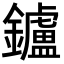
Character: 鑪